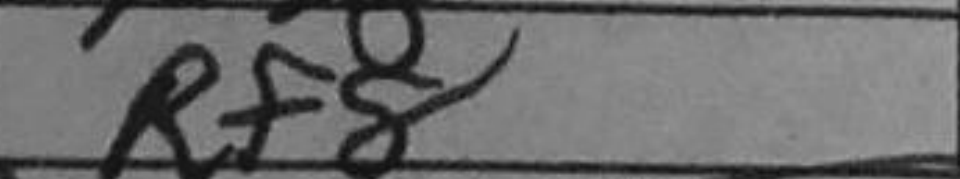
Transcription: Rf8